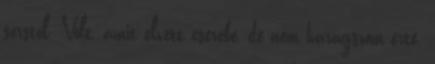
sorstól. Volt, amit elvett cserébe, de nem haragszom érte.